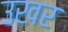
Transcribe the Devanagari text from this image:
उखर